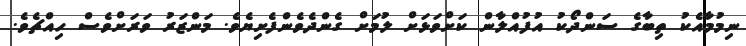
ނިމުމާއެކު ތިބާގެ ސަންދޯކު އުފުއްލާން ކަށްވަޅަށް ލުމަށް ގެންދެވެންފެށިޔެވެ. މަންޒަރު ވަރަށްވެސް ހިއްޗެވެ.